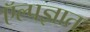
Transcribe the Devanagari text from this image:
ऍल्पज्ञात